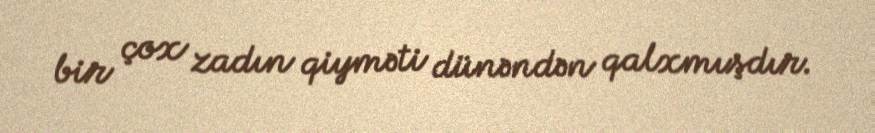
bir çox zadın qiyməti dünəndən qalxmışdır.